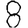
Digit: 8